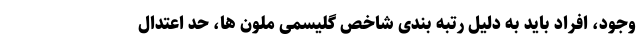
وجود، افراد باید به دلیل رتبه بندی شاخص گلیسمی ملون ها، حد اعتدال